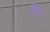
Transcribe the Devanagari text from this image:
सियार